Vital statistics of India. Vol. IV, Annual returns from 1871 to 1876. British Army of India, Native Army and jails of Bengal
Year: 1871
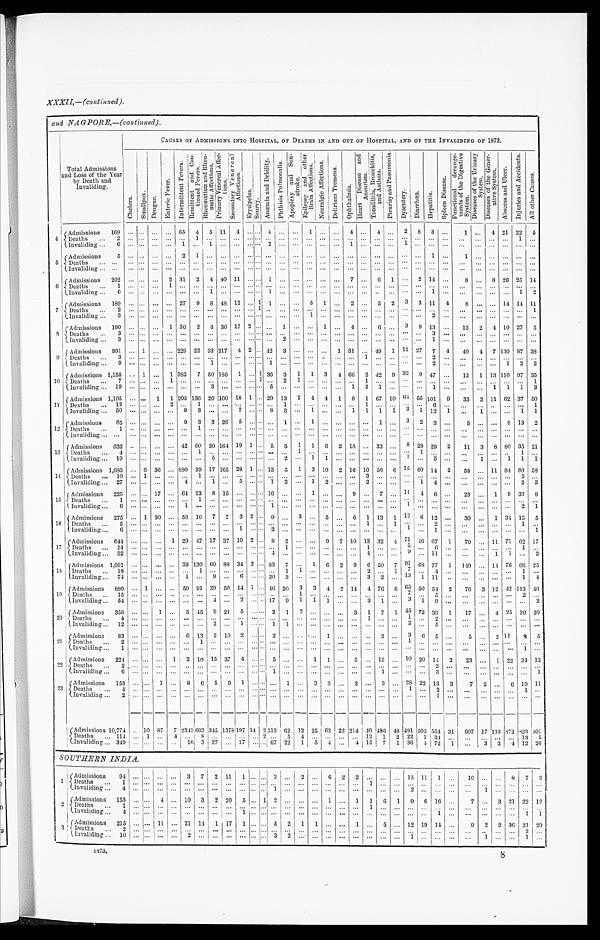
XXXII,—(continued).
and NAGPORE,—(continued).
Total Admissions and Loss of the Year
by Death and
Invaliding.
CAUSES OF ADMISSIONS INTO HOSPITAL, OF DEATHS IN AND OUT OF HOSPITAL, AND OF THE INVALIDING OF 1873.
C h o l e r a .
Sma l l pox.
D e n g u e .
E n t e r i c F e v e r .
I n t e r m i t t e n t F e v e r s .
R e m i t t e n t a n d C o n - t i n u e d F e v e r s .
R h e u m a t i s m a n d R h e u - m a t i c A f f e c t i o n s .
P r i m a r y V e n e r e a l A f f e c - t i o n s .
S e c o n d a r y V e n e r e a l A f f e c t i o n s .
E r y s i p e l a s . S c u r v y .
A n æ m i a a n d D e b i l i t y . Pht hi s i s Pul mona l i s . Ap o p l e x y a n d Su n - s t r o k e .
E p i l e p s y a n d o t h e r B r a i n Af f e c t i o n s .
N e u r a l g i c A f f e c t i o n s .
D e l i r i u m T r e m e a n s .
O p h t h a l m i a .
H e a r t D i s e a s e a n d A n c u r i s m .
T o n s i l l i t i s , B r o n c h i t i s , a n d As t h ma .
P l e u r i s y a n d P n e u m o n i a .
D y s e n t e r y .
Di a r r hœa .
H e p a t i t i s .
S p l e e n D i s e a s e .
F u n c t i o n a l d e r a n g e - m e n t s o f t h e D i g e s t i v e S y s t e m .
D i s e a s e s o f t h e U r i n a r y S y s t e m .
D i s e a s e s o f t h e G e n e r - a t i v e S y s t e m .
A b s c e s s a n d U l c e r .
I n j u r i e s a n d A c c i d e n t s .
A l l o t h e r C a u s e s .
4
Admissions
1 6 8
. . . . . .
. . .
. . . 65
4
5 11
4
. . .
. . .
4
. . .
. . . 1
. . .
. . . 4
. . . 4
. . .
2
8
3
. . .
1
. . . 4 21 22
5
Deaths . . .
2
. . . . . .
. . .
. . .
. . .
1
. . .
. . .
. . .
. . . . . .
. . .
. . .
. . .
. . .
. . .
. . .
. . .
. . .
. . .
. . . . . .
. . .
. . .
. . . . . .
. . .
. . .
. . .
1 . . .
Invaliding . . .
6
. . .. . .
. . .
. . .
1
. . .
1
. . .
. . .
. . . . . .
2
. . .
. . .
. . .
. . .
. . . 1
. . .
. . .
. . . 1
. . .
. . .
. . .. . .
. . .
. . .
. . .
. . . . . .
5
Admissions
5
. . .. . .
. . .
. . .
2
1
. . .
. . .
. . .
. . . . . .
. . .
. . .
. . .
. . .
. . .
. . .
. . .
. . .
. . .
. . . . . .
. . . 1
. . . 1
. . .
. . .
. . .
. . .
. . .
Deaths . . .
. . .
. . . . . .
. . .
. . .
. . .
. . .
. . .
. . .
. . .
. . . . . .
. . .
. . .
. . .
. . .
. . .
. . .
. . .
. . .
. . .
. . .
. . .
. . .
. . .
. . .
. . .
. . .
. . .
. . .
. . . . . .
Invaliding . . .
. . .
. . .. . .
. . .
. . .
. . .
. . .
. . .
. . .
. . .
. . . . . .
. . .
. . .
. . .
. . .
. . .
. . .
. . .
. . .
. . .
. . . . . .
. . .
. . .
. . . . . .
. . .
. . .
. . .
. . . . . .
6
Admissions
202
. . . . . .
. . .
2 31
2
4 40 11
. . . . . . 1
. . .
. . .
. . .
. . .
. . . 7
. . . 6
1
. . .
2 14
. . .
8
. . . 8 26 25 14
Deaths . . .
1
. . . . . .
. . . 1
. . .
. . .
. . .
. . .
. . .
. . . . . .
. . .
. . .
. . .
. . .
. . .
. . .
. . .
. . .
. . .
. . .
. . .
. . .
. . .
. . .
. . .
. . .
. . .
. . .
. . . . . .
Invaliding . . .
6
. . . . . .
. . .
. . .
. . .
. . .
1
. . .
. . .
. . . . . .
1
. . .
. . .
. . .
. . .
. . .
. . .
. . .
. . .
. . . . . .
. . .
1
. . . . . .
. . .
. . .
. . .
1 2
7
Admissions
189
. . . . . .
. . .
. . . 27
9
8 48 12
. . . 1 1
. . .
. . .
5
1
. . . 2
. . . 5
2
3 3 11
4
8
. . .
. . . 14 14 11
Deaths . . .
2
. . . . . .
. . .
. . .
. . .
. . .
. . .
. . .
. . .
. . . 1
. . .
. . .
. . .
. . .
. . .
. . .
. . .
. . .
. . .
. . .
. . .
. . .
. . .
. . .
. . .
. . .
. . .
. . .
. . . 1
Invaliding . . .
3
. . . . . .
. . .
. . .
. . .
. . .
. . .
. . .
. . .
. . . . . .
. . .
. . .
. . .
1
. . .
. . .
. . .
. . .
. . .
. . . . . .
. . .
2
. . . . . .
. . .
. . .
. . .
. . .. . .
8
Admissions
190
. . .
. . .
. . .
1 30
2
4 36 17 2
. . .
. . .
1
. . .
. . . 1
. . . 4
. . . 6
. . . 3
9 13
. . .
13
2
4 10 27
5
Deaths . . .
3
. . . . . .
. . .
. . .
. . .
. . .
. . .
. . .
. . .
. . . . . .
. . .
. . .
. . .
. . .
. . .
. . .
. . .
. . .
. . .
. . . . . .
. . .
3
. . . . . .
. . .
. . .
. . .
. . .
. . .
Invaliding . . .
3
. . . . . .
. . .
. . .
. . .
. . .
. . .
. . .
. . .
. . . . . .
. . .
2
. . .
. . .
. . .
. . .
. . .
. . .
. . .
. . . . . .
. . .
1
. . . . . .
. . .
. . .
. . .
. . . . . .
9
Admissions
991
. . . 1
. . .
. . . 229 22 33 217
4 2
. . . 42
3
. . .
. . .
. . . 1 31
. . . 49
1 12
2 7 7
4
40
4
7 130 87 38
Deaths . . .
3
. . .
. . .
. . .
. . .
. . .
. . .
. . .
. . .
. . .
. . . . . .
. . .
. . .
. . .
. . . . . .
. . .
. . .
1
. . .
. . . . . .
. . .
2
. . .
. . .
. . .
. . .
. . .
. . . . . .
Invaliding . . .
9
. . .
. . .
. . .
. . .
. . .
. . .
1
. . .
. . .
. . . . . .
1
. . .
. . .
. . .
. . .
. . .
. . .
. . .
. . .
. . . . . .
. . .
2
. . . . . .
. . .
. . .
1
2 2
10
Admissions
1 , 1 5 5 . . . 1
. . . 1 382
7 50 186
1
. . . 1 36
3
1
1
3
4 66
2 42
9 32
9 47
. . .
15
1 13 110 97 35
Deaths . . .
7
. . .
. . .
. . .
1
. . .
. . .
. . .
. . .
. . .
. . . 1
. . . 2
1
. . .
. . .
. . .
. . .
1
. . .
. . .. . .
. . .
. . .
. . . . . .
. . .. . .
. . .
. . .1
Invaliding . . .
1 9
. . . . . .
. . .
. . .
. . .
. . .
3
. . .
. . . . . . . . .
5
. . .
. . .
. . .
. . .
. . .
1
2
1
. . .
. . .
. . .
1
. . . . . .
. . .
1 1
1 3
1 1 Admissions
1 , 1 0 5
. . .
. . .
1
1 205 136 20 160 18 1
. . . 29 13
2
4
4
1
8
1 67 10
6 4
55 101
9
33
2 11 62 37 50
Deaths . . .
1 2
. . . . . .
. . .
2
. . .
1
. . .
. . .
. . .
. . . . . .
. . .
1
. . .
. . .
. . .
. . .
. . .
1
. . .
. . .
. . .
. . .
6
. . .. . .
. . .
. . .. . . . . . 1
I n v a l i d i n g . . .
5 0
. . . . . .
. . .
. . .
9
3
. . .
. . .
2
. . . . . .
8
3
. . .
1
. . .
. . .
1
1
1
1
3
1 12
1 . . .
1
. . .. . .
1 1
1 2 Admissions
85
. . .
. . .
. . .
. . . 9
3
3 26
5
. . . . . .
. . . 1
. . .
1
. . .
. . .
. . .
. . .
1
. . . 3
2
3
. . .
5
. . .
. . . 8 13
2
Deaths . . .
1
. . . . . .
. . .
. . .
. . .
1
. . .
. . .
. . .
. . . . . .
. . .
. . .
. . .
. . .
. . .
. . .
. . . . . .
. . .
. . .
. . .
. . . . . .
. . . . . .
. . .
. . . . . .
. . . . . .
Invaliding . . .
. . .
. . . . . .
. . .
. . .
. . .
. . .
. . .
. . .
. . .
. . . . . .
. . .
. . .
. . .
. . .
. . .
. . .
. . .
. . .
. . .
. . .
. . .
. . .
. . .
. . . . . .
. . .
. . . . . .
. . . . . .
1 3
Admissions
632
. . .
. . .
. . .
. . . 42 80 30 164 19 1
. . . 5
5
1
1
6
2 18
. . . 33
. . . 8 28 29
2
11
3
8 80 35 21
Deaths . . .
4
. . . . . .
. . .
. . .
. . .
1 . . .
. . .
. . .
. . . . . .
. . .
. . .
1
. . .
. . .
. . .
. . .
. . .
. . .
. . .
. . .
1 . . .
. . .
. . .
. . .
. . . . . .
1 . . .
Invaliding . . .
1 9
. . . . . .
. . .
. . .
. . .
. . .
5
. . .
. . .
. . . . . .
. . .
2
. . .
1
1
. . .
. . .
. . .
. . .
. . .
1
. . .
5
. . . . . .
1
. . .1
1 1
1 4 Admissions
1 , 6 8 5
. . .
6 36
. . . 880 39 17 165 28 1
. . . 13
5
1
3 19
2 16 10 56
6 15 60 14
2
58
. . .
11 84 80 58
Deaths . . .
1 0
. . . 1
. . .
. . .
. . .
1
. . .
. . .
. . .
. . . . . .
. . .
. . .
. . .
. . .
. . .
. . .
. . .
. . .
. . .
. . .
. . .
. . .
. . .
. . . . . .
. . .
. . .. . .
5 . . .
Invaliding . . .
27
. . .
. . .
. . .
. . . 4
. . . 1
. . .
5
. . . . . . 1
2
. . . 1
2
. . .
. . . 2
. . .
. . .
. . . 1
4
. . .
. . .
. . .
. . . . . .
2
2
15
Admissions
225
. . .
. . . 17
. . . 64 23
8 15
. . .
. . . . . . 16
. . .
. . . 1
. . .
. . . 9
. . . 7
. . . 11
4
6
. . .
23
. . .
1
9 33
8
Deaths . . .
1
. . .
. . .
. . .
. . .
. . .
1
. . .
. . .
. . .
. . . . . .
. . .
. . .
. . .
. . .
. . .
. . .
. . .
. . .
. . .
. . .
. . .
. . .
. . .
. . . . . .
. . .
. . .. . .
. . .
. . .
Invaliding . . .
6
. . .
. . .
. . .
. . .
1
. . .
. . .
. . .
. . .
. . . . . .
1 . . .
. . .
. . .
. . .
. . .
. . .
. . .
. . .
. . .
1
. . .
. . .
. . . . . .
. . .
. . .. . .
2
1
1 6
Admissions
275
. . . 1 30
. . . 56 16
7
7
3 2
. . . 9
. . . 3
. . . 5
. . . 6
1 13
1 12
6 12
. . .
30
. . .
1 34 15
5
Deaths . . .
5
. . . . . .
. . .
. . .
. . .
. . .
. . .
. . .
. . .
. . . . . .
. . .
. . .
. . .
. . .
. . .
. . .
. . .
1
. . .
1
. . .
. . .
2
. . .
. . .
. . .
. . . . . .
1
. . .
Invaliding . . .
6
. . .
. . .
. . .
. . .
. . .
. . .
. . .
. . .
1
. . . . . .
2
. . .
. . .
. . .
. . .
. . .
. . .
. . .
. . .
. . .
1
. . .
1
. . . . . .
. . .
. . .. . .
. . .
1
17
Admissions
644
. . .
. . .
. . .
1 29 47 17 37 10 2
. . . 8
2
. . .
. . . 9
7 10 13 32
4
7 1 46 67
1
70
. . . 11 71 62 17
Deaths . . .
1 4
. . .. . .
. . .
. . .
. . .
. . .
. . .
. . .
. . .
. . . . . .
. . .
1
. . .
. . .
. . .
. . .
. . .
1
. . .
. . .
5
. . .
6
. . . . . .
. . .
. . .. . .
1
. . .
Invaliding . . .
32
. . . . . .
. . .
. . .
. . .
. . .
. . .
. . .
. . .
. . . . . .
4
. . .
. . .
. . .
. . .
. . .
. . .
4
. . .
. . .9
. . .
1 1
. . . . . .
. . .
1 1
. . .
2
1 8
Admissions
1 , 0 9 1
. . . . . .
. . .
. . . 39 130 60 88 34 2
. . . 83
7
. . .
1
6
2
9
6 50
7 91 68 77
1
149
. . . 14 76 66 25
Deaths . . .
1 8
. . .. . .
. . .
. . .
. . .
1
. . .
. . .
. . .
. . . . . .
. . .
1
1
. . .
. . .
. . .
. . .
2
. . .
1
7
. . .
4
. . . . . .
. . .
. . .. . .
1
. . .
Invaliding . . .
74
. . . . . .
. . .
. . .
1
. . . 9
. . . 6
. . . . . . 20
3
. . .
. . .
. . .
. . .
. . . 3
2
. . . 13
1 11
. . .
. . .
. . .
. . . . . .
1
4
1 9
Admissions
880
. . . 1
. . .
. . . 59 91 29 50 14 1
. . . 46 20
3
3
4
2 14
4 76
6 65 50 54
2
76
3 12 42 113 40
Deaths . . .
1 5
. . .. . .
. . .
. . .
. . .
. . .
. . .
. . .
. . .
. . .. . .
. . .
. . .
1
. . .
. . .
. . .
. . .
. . .
. . .
. . . 7
. . .
5 . . . . . .
. . .
. . .. . .
2
. . .
Invaliding . . .
54
. . . . . .
. . .
. . .
. . .
. . . 4
. . . 2
. . . . . . 17
9
1
1
1
. . .
. . . 3
1
. . .
3
1 9
. . .
. . .
. . .
. . . . . .
. . .
2
2 0
Admissions
356
. . . . . .
1
. . . 5 45
9 21
5
. . . . . . 2
1
2
. . .
. . .
. . . 3
1
7
1 45 72 39
1
17
. . . 4 25 30 20
Deaths . . .
4
. . .. . .
. . .
. . .
. . .
. . .
. . .
. . .
. . .
. . . . . .
. . .
. . .
. . .
. . .
. . .
. . .
. . .1
. . .
. . .
1
. . .
2
. . .. . .
. . .
. . . . . .
. . . . . .
Invaliding . . .
1 2
. . .. . .
. . .
. . .
. . .
. . .
2
. . .
1
. . . . . .
1
1
. . .
. . .
. . .
. . .
. . .
. . .
. . .
. . .
2
. . .
5
. . .. . .
. . .
. . . . . .
. . .
. . .
21
Admissions
83
. . . . . .
. . .
. . .
6 13
2 10
2
. . . . . . 2
. . .
. . .
. . . 1
. . .
. . .
. . . 2
. . .
3
6
5
. . .
5
. . .
2 11
8
5
Deaths . . .
2
. . . . . .
. . .
. . .
. . .
1
. . .
. . .. . .
. . . . . .
. . .
. . .
. . .
. . .
. . .
. . .
. . . . . .
. . .
. . .
1
. . .
. . .
. . .
. . .
. . .
. . . . . .
. . . . . .
Invaliding . . .
1
. . .. . .
. . .
. . . . . .
. . .
. . .
. . .
. . .
. . . . . .
. . .
. . .
. . .
. . .
. . .
. . .
. . .
. . .
. . .
. . .
. . .
. . .
. . .
. . .. . .
. . .
. . .
. . .
1
. . .
22
Admissions
224
. . . . . .
. . .
1
2 10 15 37
4
. . . . . . 5
. . .
. . . 1
1
. . . 5
. . . 15
. . .
1 0 20 14
2
23
. . . 1 22 24 12
Deaths . . .
2
. . . . . .
. . .
. . .
. . .
. . .
. . .
. . .
. . .
. . . . . .
. . .
. . .
. . .
. . .
. . .
. . .
. . .
. . .
. . .
. . .
. . .
. . .
2
. . .. . .
. . .
. . .
. . .
. . .
. . .
Invaliding . . .
6
. . . . . .
. . .
. . .
. . .
. . .
. . .
. . .
. . .
. . . . . .
1
. . .
. . .
. . .
. . .
. . .
. . .
. . .
1
. . .
. . .
. . .
3
. . .. . .
. . .
. . .
. . .
. . . 1
23
Admissions
153
. . . . . .
1
. . . 8
6
5
9
1
. . . . . .
. . . 1
. . . 3
3
. . . 2
. . . 3
. . . 28 22 13
3
7
2
. . .
6 19 11
Deaths . . .
4
. . . . . .
. . .
. . .
. . .
. . .
. . .
. . .
. . .
. . . . . .
. . .
. . .
. . .
. . .
. . .
. . .
. . .
. . .
. . .
. . .
1
. . .
2
. . .
. . .
. . .
. . .
. . .
1
. . .
Invaliding . . .
2
. . .. . .
. . .
. . .
. . .
. . .
. . . . . .
. . .
. . . . . .
. . .
. . .
. . .
. . .
. . .
. . .
. . .
. . .. . .
. . .
. . .
. . .
1
. . .
. . .
. . .
. . .
. . .
. . .
. . .
Admissions
1 0 , 7 7 4
. . . 10
87
7 2341
6 9 3
3 4 5
1 3 7 8
1 9 7
1 4 2
3 1 3
6 2
1 3
2 5
6 3
2 2
2 1 4
4 0
4 8 6
4 8
4 9 1
5 0 5
5 5 4 31
607 17 113 872 823 401
Deaths . . .
1 1 4
. . . 1
. . . 4
. . . 8
. . .
. . .
. . .
. . . 2
. . .
5
4
. . .
. . .
. . .
. . .
1 2
1
2
2 2
1
3 4
. . .
. . .
. . .
. . .
. . .
1 3
5
I nval i di ng . . .
3 4 9
. . . . . .
. . .
. . .
1 6 3
27
. . .
1 7
. . . . . .
6 7 2 2
1
5
4
. . .
4
1 5
7
1
3 6
4
7 2
1
. . .
3
2
4
1 2
2 6
SOUTHERN INDIA.
1 Admissions
94
. . .
. . .
. . .
. . . 3
7
2
11
1
. . .
. . . 3
. . . 2
. . .
6
2
2
. . .
. . .
. . . 15 11
1
. . .
10
. . .
. . .
8
7
3
Deat hs . . .
1
. . .
. . .
. . .
. . .
. . .
. . .
. . .
. . .
. . .
. . . . . .
. . .
. . .
. . .
. . .
. . .
. . .
. . .
1
. . .
. . .
. . .
. . .
. . .
. . .
. . .
. . .
. . .
. . .
. . .
. . .
Invaliding . . .
4
. . .
. . .
. . .
. . .
. . .
. . .. . .
. . .
. . .
. . . . . .
1
. . .
. . .
. . .
. . .
. . .
. . .
. . .
. . .
. . .
2
. . .
. . .
. . .
. . .
1
. . .
. . .
. . .
. . .
2
Admissions
153
. . .
. . .
4
. . . 10
3
2 20
5
. . . 1 2
. . .
. . .
. . .
1
. . .
1
1
6
1
9
6 16
. . .
7
. . . 3 21 22 12
Deaths . . .
1
. . .
. . .
. . .
. . .
. . .
. . .
. . .
. . .
. . .
. . . . . .
. . .
. . .
. . .
. . .
. . . . . .
. . .
1
. . .
. . .
. . .
. . .
. . .
. . .
. . .
. . .
. . .
. . .
. . .
. . .
Invaliding . . .
4
. . .
. . .
. . .
. . .
. . .
. . .
. . .
. . .
1
. . .
. . .
. . .
. . .
. . .
. . .
. . .
. . .
. . .
. . .
. . .
. . .
. . .
. . .
1
. . .
. . .
. . .
. . .
. . .
1
1
3
Admissions
215
. . .
. . . 11
. . . 21 14
1 17
1
. . . . . . 5
2
1
1
. . .
. . .
1
. . .
5
. . . 12 19 14
. . .
9
2
2 36 21
20
Deaths . . .
2
. . .
. . .
. . .
. . .
. . .
. . .
. . .
. . .
. . .
. . . . . .
. . .
. . .
. . .
. . .
. . .
. . .
. . .
. . .
. . .
. . .
. . .
. . .
. . .
. . .
. . .
. . .
. . .
. . .
2
. . .
Ivaliding . . .
1 0
. . .
. . .
. . .
. . .
2
. . .
. . .
. . .
. . .
. . . . . .
3
2
. . .
. . .
. . .
. . .
. . .
. . .
. . . . . .
1
. . .
. . .
. . .
. . .
1 . . .
. . . 1
. . .
1873.
8